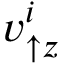
v _ { \uparrow z } ^ { i }